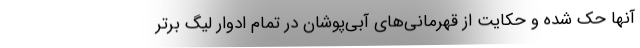
آنها حک شده و حکایت از قهرمانی‌های آبی‌پوشان در تمام ادوار لیگ برتر